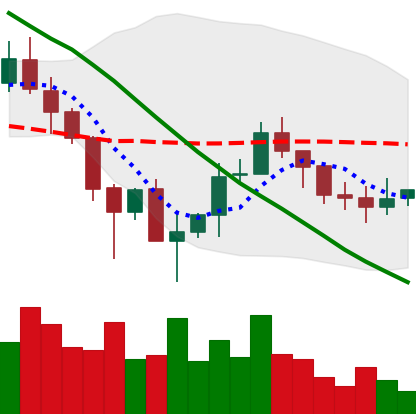
Ticker: ADA-USD
Chart end date: 2019-12-06
Forward return: -4.338%
Label: down_3_5